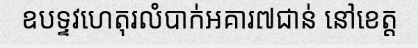
ឧបទ្ទវហេតុរលំបាក់អគារ៧ជាន់ នៅខេត្ត